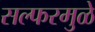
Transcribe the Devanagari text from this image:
सल्फरमुळे